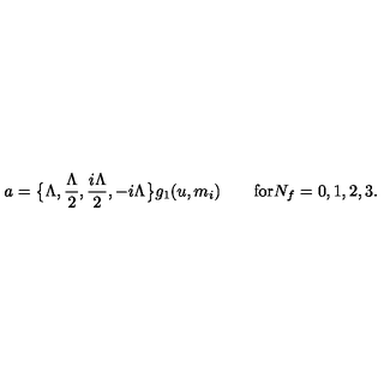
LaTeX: a = \big \{ \Lambda , \frac { \Lambda } { 2 } , \frac { i \Lambda } { 2 } , - i \Lambda \big \} g _ { 1 } ( u , m _ { i } ) \qquad \mathrm { f o r } N _ { f } = 0 , 1 , 2 , 3 .